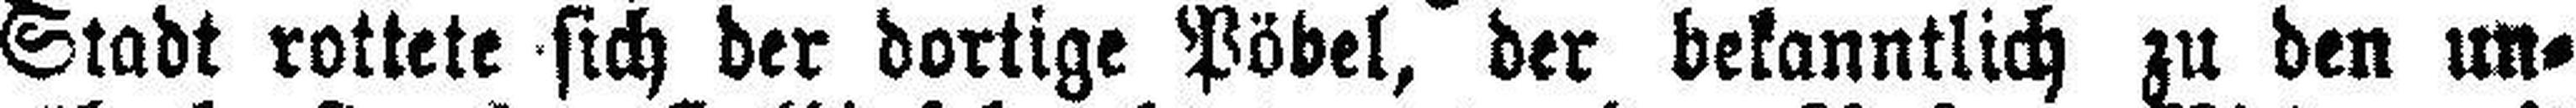
Stadt rottete sich der dortige Pöbel, der bekanntlich zu den un¬